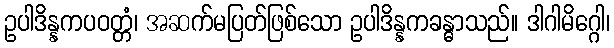
ဥပါဒိန္နကပဝတ္တံ၊ အဆက်မပြတ်ဖြစ်သော ဥပါဒိန္နကခန္ဓာသည်။ ဒါဂါမိဂ္ဂေါ၊